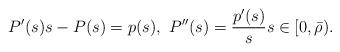
LaTeX: \begin{align*}P'(s)s-P(s)=p(s),\ P''(s)=\frac{p'(s)}{s}s\in[0,\bar\rho).\end{align*}